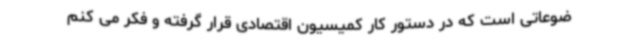
ضوعاتی است که در دستور کار کمیسیون اقتصادی قرار گرفته و فکر می کنم